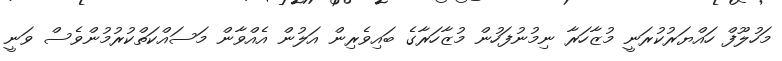
މަހުލޫފް ހައްޔަރުކުރަނީ މުޒާހަރާ ނިމުނުފަހުން މުޒާހަރާގެ ބައިވެރިން އަލުން އެއްވާން މަސައްކަތްކުރުމުންވެސް ވަނީ